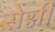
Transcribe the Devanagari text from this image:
सेग्नी